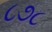
૮૭૮